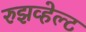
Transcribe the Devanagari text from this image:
रुझव्हेल्ट